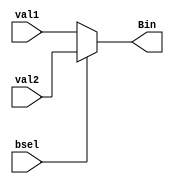
module mux_7(Bin,val1,val2,bsel);

input [15:0] val1,val2;
	input bsel;
	output [15:0] Bin;

	assign Bin = (bsel == 1'b0) ? val1 : ((bsel == 1'b1) ? val2 : 16'bzzzz_zzzz_zzzz_zzzz);
					

endmodule